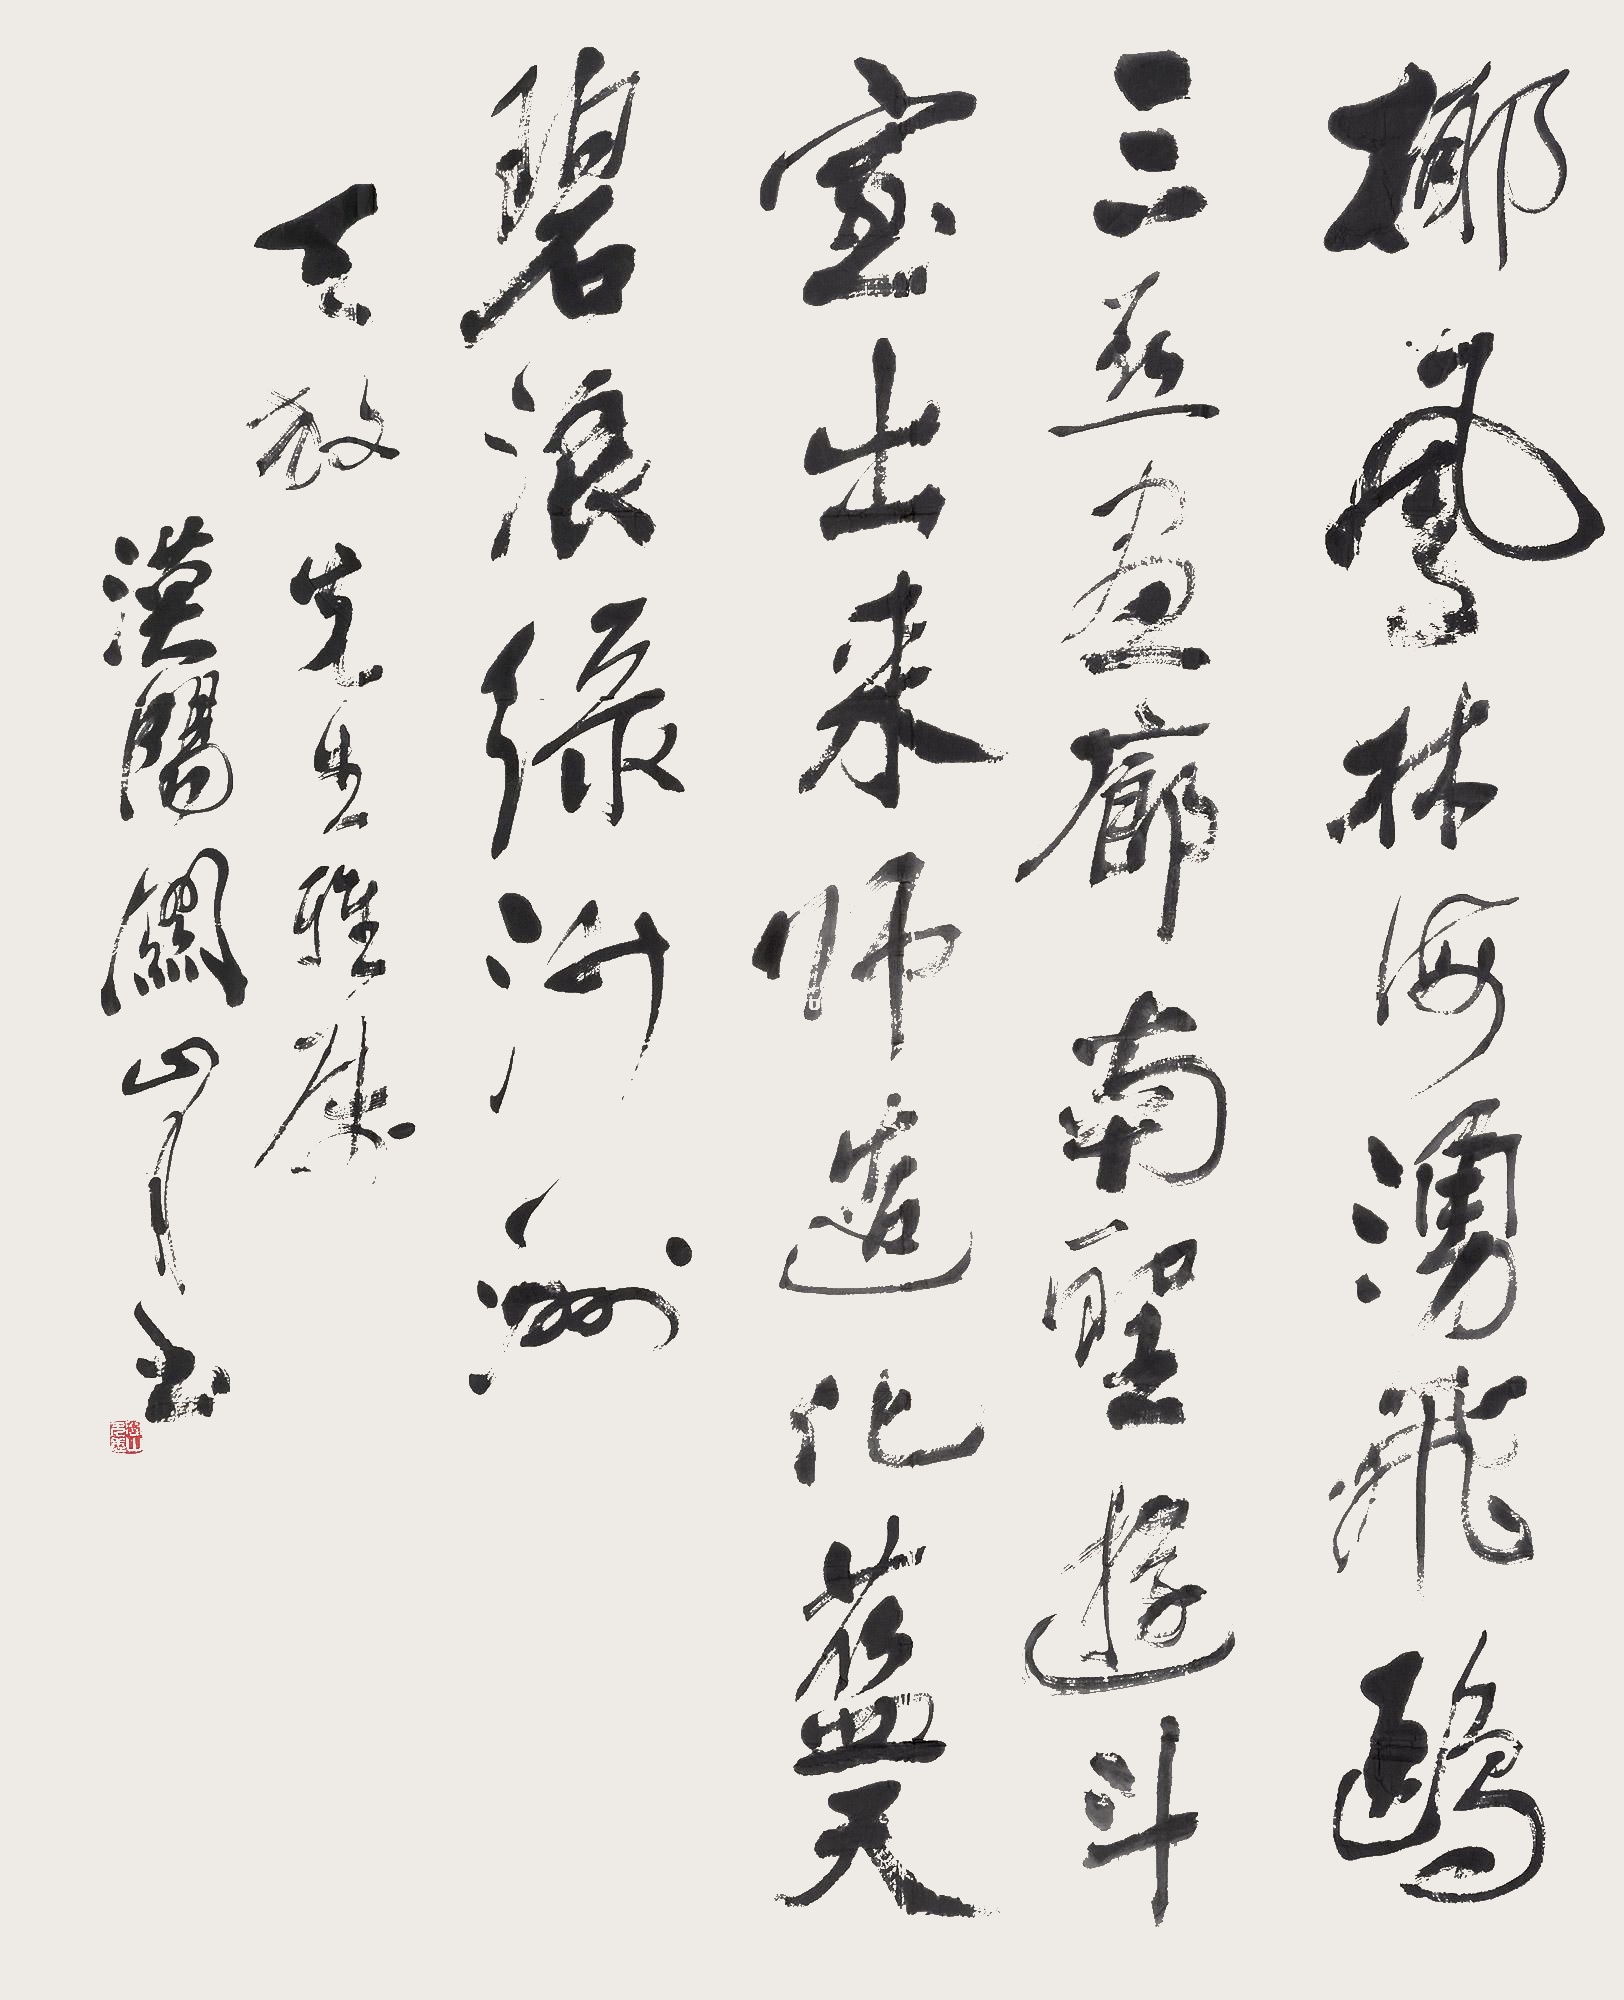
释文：椰风林海涌飞鸥，三亚画廊南圣游，斗室出来师造化，蓝天碧浪绿沙洲。天放先生雅属，汉阳关山月书。